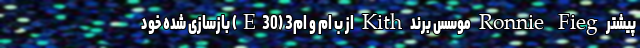
پیشتر Ronnie Fieg موسس برند Kith از ب ام و ام3 (E30) بازسازی شده خود